Annual administration report of the Civil Veterinary Department of India - 1902-1903
Year: 1902
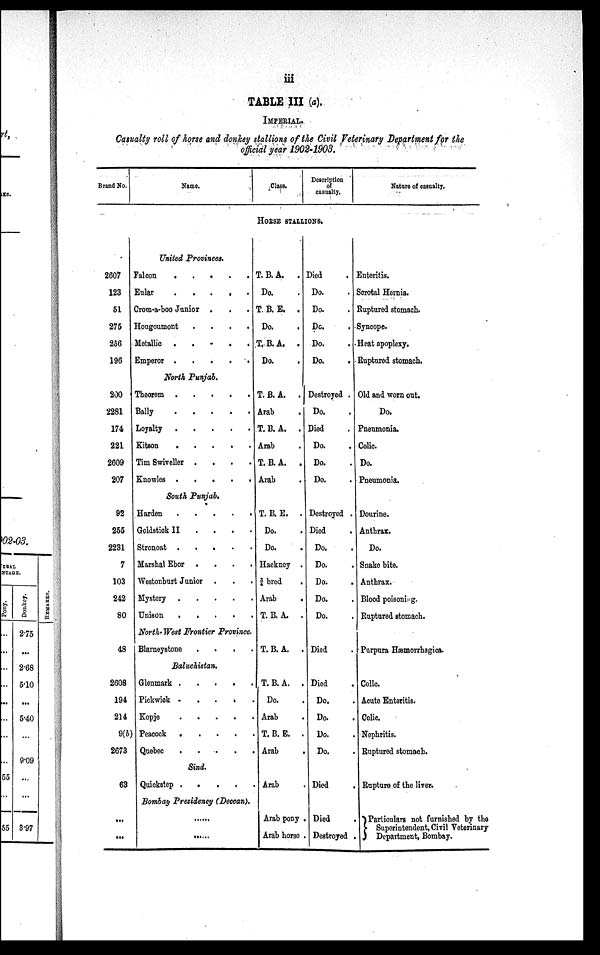
iii
TABLE III (a).
IMPERIAL.
Casualty roll of horse and donkey stallions of the Civil Veterinary Department for the
official year 1902-1903.
Brand No.
Name.
Class.
Description
of
casualty.
Nature of casualty.
HORSE STALLIONS.
2607
123
51
275
256
196
200
2281
174
221
2609
207
92
255
2231
7
103
242
80
48
2608
194
214
9(b)
2673
63
...
...
United Provinces.
Falcon
.
.
.
.
.
Eular . . . . . .
Crom-a-boo Junior . . .
Hongoumont
.
.
.
.
Metallic
.
.
.
.
.
Emperor
.
.
.
.
.
North Punjab.
Theorem
.
.
.
.
Bally . . . . .
Loyalty
.
.
.
.
Kitson . . . . .
Tim Swiveller .
.
.
.
Knowles
.
.
.
.
.
South Punjab.
Harden
.
.
.
.
Goldstiok II . . . .
Stronoat .
.
.
.
.
Marshal Ebor .
.
.
.
Westonburt Junior . . . .
Mystery
.
.
.
.
Unison
.
.
.
.
.
North-West Frontier Province.
Blarneystone
.
.
.
.
Baluchistan.
Glenmark . . . .
Pickwick
.
.
.
.
.
Kopje . . . . .
Peacock
.
.
.
.
.
Quebee
.
.
.
.
.
Sind.
Quickstep
.
.
.
.
.
Bombay Presidency (Deccan).
......
......
T. B. A.
.
Do.
T. B. E. .
Do.
T. B. A. .
Do.
T. B. A. .
Arab
T. B. A. .
Arab
T. B. A.
.
Arab
T. B. E. .
Do.
Do.
Hackney .
¾ bred
.
Arab
.
T. B. A. .
T. B. A. .
T. B. A. .
Do. .
Arab .
T. B. E. .
Arab .
Arab .
Arab pony .
Arab horse .
Died .
Do. .
Do. .
Do. .
Do. .
Do. .
Destroyed .
Do. .
Died .
Do. .
Do. .
Do. .
Destroyed .
Died .
Do. .
Do. .
Do. .
Do. .
Do. .
Died .
Died .
Do. .
Do. .
Do. .
Do. .
Died .
Died .
Destroyed .
Enteritis.
Scrotal Hernia.
Ruptured stomach.
Syncope.
Heat apoplexy.
Ruptured stomach.
Old and worn out.
Do.
Pneumonia.
Colic.
Do.
Pneumonia.
Dourine.
Anthrax.
Do.
Snake bite.
Anthrax.
Blood poisoning.
Ruptured stomach.
Purpura Hæmorrhagica.
Colic.
Acute Enteritis.
Colic.
Nephritis.
Ruptured stomach.
Rupture of the liver.
Particulars not furnished by the
Superintendent,
Civil Veterinary
Department, Bombay.